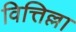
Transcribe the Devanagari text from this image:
वित्तिल्ला